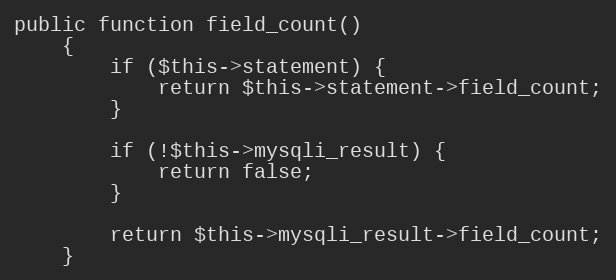
Language: PHP
public function field_count()
    {
        if ($this->statement) {
            return $this->statement->field_count;
        }

        if (!$this->mysqli_result) {
            return false;
        }

        return $this->mysqli_result->field_count;
    }